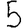
Digit: 5